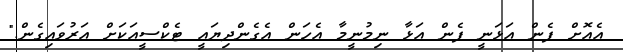
އެއޮށް ފެން އަޅަނީ ފެން އަޅާ ނިމުނީމާ އެހަން އެގެންދިޔައީ ޓެކްސީއަކަށް އަރުވައިގެން."